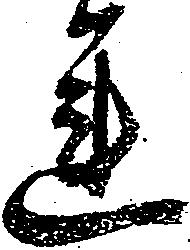
運